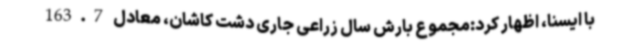
با ایسنا، اظهار کرد:مجموع بارش سال زراعی جاری دشت کاشان، معادل 163.7